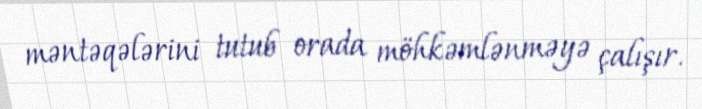
məntəqələrini tutub orada möhkəmlənməyə çalışır.